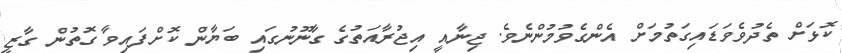
ކޮޅަށް ތެދުވެވަޑައިގަތުމަށް އެންގެވުމުންނެވެ. ޖިނާއީ އިޖުރާއަތުގެ ގާނޫނުގައި ބަޔާން ކޮށްފައިވާ ގޮތުން ގާޒީ